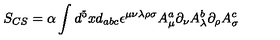
S _ { C S } = \alpha \int d ^ { 5 } x d _ { a b c } \epsilon ^ { \mu \nu \lambda \rho \sigma } A _ { \mu } ^ { a } \partial _ { \nu } A _ { \lambda } ^ { b } \partial _ { \rho } A _ { \sigma } ^ { c }